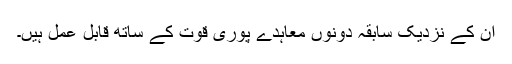
ان کے نزدیک سابقہ دونوں معاہدے پوری قوت کے ساتھ قابل عمل ہیں۔